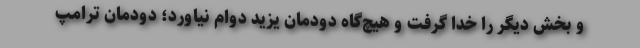
و بخش دیگر را خدا گرفت و هیچ‌گاه دودمان یزید دوام نیاورد؛ دودمان ترامپ